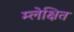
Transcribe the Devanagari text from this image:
म्लेक्षित